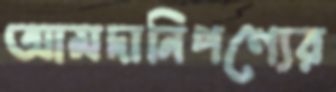
আমদানিপণ্যের